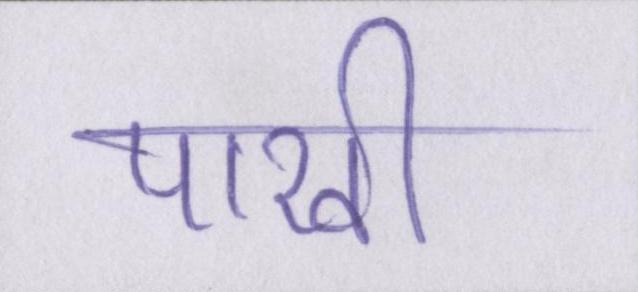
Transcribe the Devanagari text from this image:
पाखी